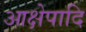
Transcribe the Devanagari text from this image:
आक्षेपादि